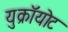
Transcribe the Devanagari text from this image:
युक्रॉयोट